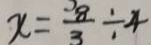
x = \frac { 8 } { 3 } \div 4